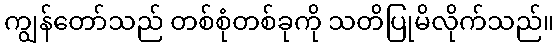
ကျွန်တော်သည် တစ်စုံတစ်ခုကို သတိပြုမိလိုက်သည်။